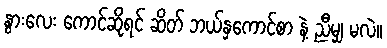
နွားလေး ကောင်ဆိုရင် ဆိတ် ဘယ်နှကောင်စာ နဲ့ ညီမျှ မလဲ။